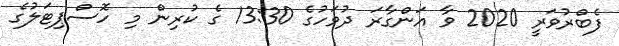
ފެބްރުވަރީ 2020 ވާ އަންގާރަ ދުވަހުގެ 13:30 ގެ ކުރިން މި ހޮސްޕިޓަލުގެ